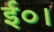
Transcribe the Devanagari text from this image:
ई०।